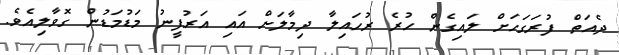
ދެއަތް ފުރަގަހަށް ލައިގެން ހުރެ ރުހައިލާ ދިމާލަށް އައި އަރުފީނު މަޑުމަޑުން ގޮވާލިއެވެ.